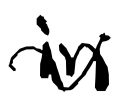
Text: in
Cross-out: wave
Writing tool: digital_black